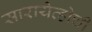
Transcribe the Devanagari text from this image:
सारायेव्होची